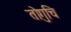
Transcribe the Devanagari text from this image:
तोगुचि